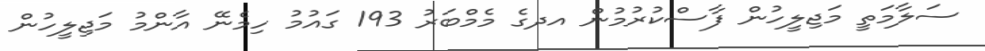
ސަލާމަތީ މަޖިލީހުން ފާސްކުރުމުން އދގެ މެމްބަރު 193 ގައުމު ހިމެނޭ އާންމު މަޖިލީހުން